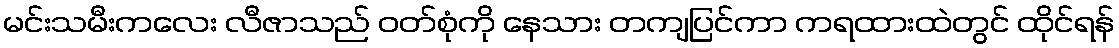
မင်းသမီးကလေး လီဇာသည် ဝတ်စုံကို နေသား တကျပြင်ကာ ကရထားထဲတွင် ထိုင်ရန်